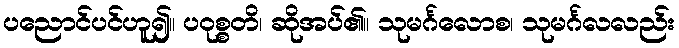
ပညောင်ပင်ဟူ၍။ ပဝုစ္စတိ၊ ဆိုအပ်၏။ သုမင်္ဂလောစ၊ သုမင်္ဂလလည်း